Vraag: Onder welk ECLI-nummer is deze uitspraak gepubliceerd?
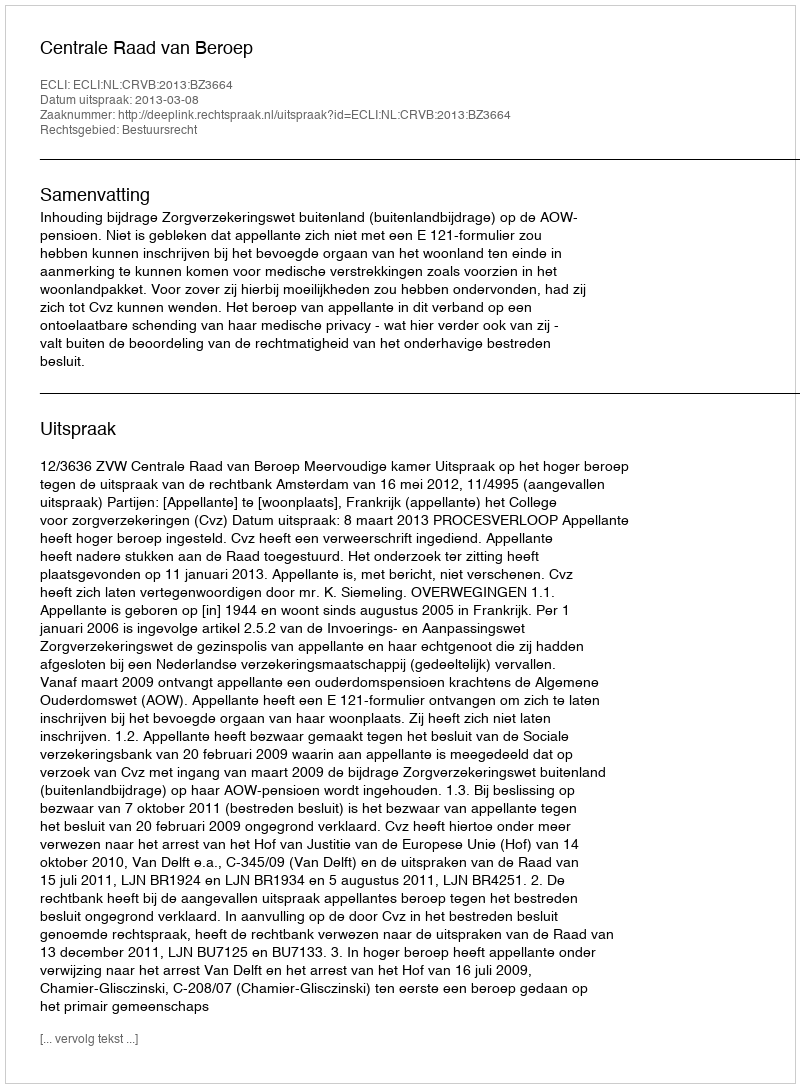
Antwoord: ECLI:NL:CRVB:2013:BZ3664